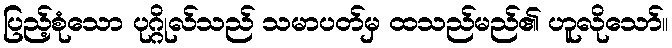
ပြည့်စုံသော ပုဂ္ဂိုလ်သည် သမာပတ်မှ ထသည်မည်၏ ဟူလိုသော်။